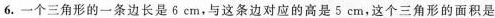
6.一个三角形的一条边长是6cm，与这条边对应的高是5cm，这个三角形的面积是